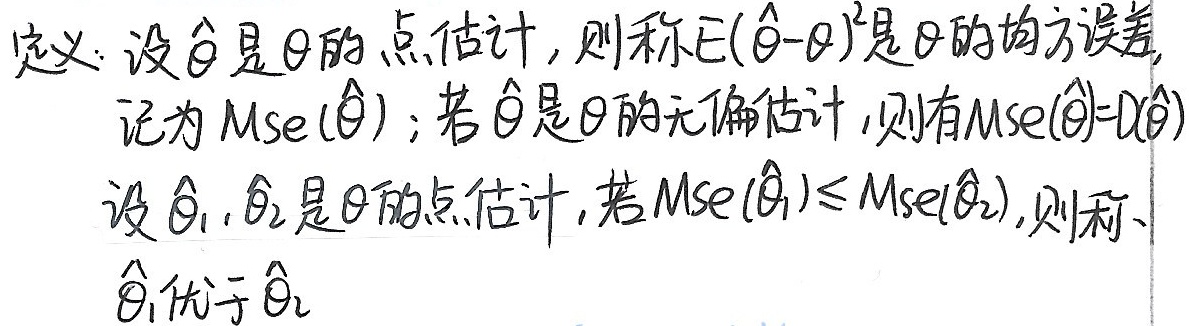
定义：设$\hat{\theta}$是$\theta$的点估计，则称$E(\hat{\theta}-\theta)^2$是$\theta$的均方误差，
记为$Mse(\hat{\theta})$；若$\hat{\theta}$是$\theta$的无偏估计，则有$Mse(\hat{\theta}) = D(\hat{\theta})$
设$\hat{\theta}_1,\hat{\theta}_2$是$\theta$的点估计，若$Mse(\hat{\theta}_1)\leq Mse(\hat{\theta}_2)$，则称
$\hat{\theta}_1$优于$\hat{\theta}_2$